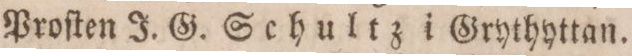
Proſten J. G. Schultz i Grythyttan.